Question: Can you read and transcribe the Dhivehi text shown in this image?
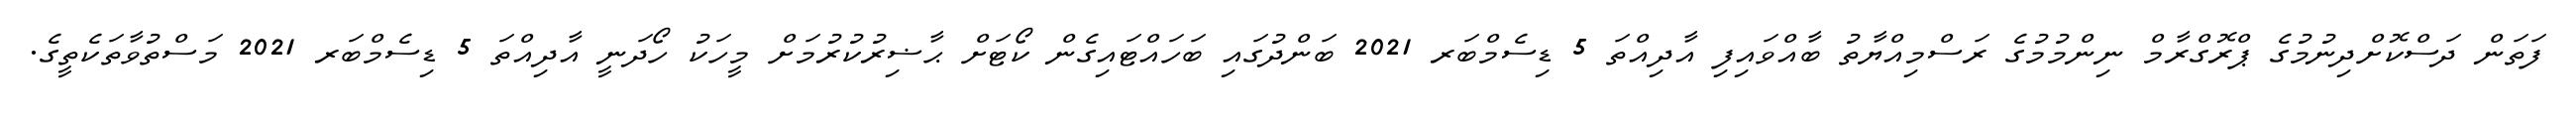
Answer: ފަތަން ދަސްކޮށްދިނުމުގެ ޕްރޮގްރާމް ނިންމުމުގެ ރަސްމިއްޔާތު ބާއްވައިފި އާދިއްތަ 5 ޑިސެމްބަރ 2021 ބަންދުގައި ބަހައްޓައިގެން ކޯޓަށް ޙާޟިރުކުރުމަށް މީހަކު ހޯދަނީ އާދިއްތަ 5 ޑިސެމްބަރ 2021 މަސްތުވާތަކެތީގެ.